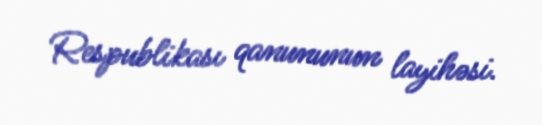
Respublikası qanununun layihəsi.